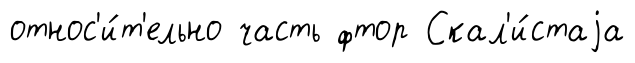
относ'и́т'ельно часть фтор Скал'и́стаjа